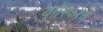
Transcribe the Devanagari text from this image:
युनेस्‍कोचे